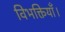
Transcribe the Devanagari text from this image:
विभक्तियाँ।